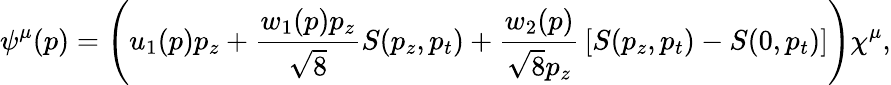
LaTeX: \psi^{\mu}(p)=\left(u_{1}(p)p_{z}+{\frac{w_{1}(p)p_{z}}{\sqrt{8}}}S(p_{z},p_{t})+{\frac{w_{2}(p)}{\sqrt{8}p_{z}}}\left[S(p_{z},p_{t})-S(0,p_{t})\right]\right)\chi^{\mu},